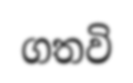
ගතවි